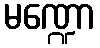
မဏ္ဍော